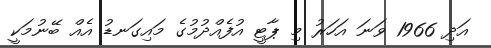
އަދި 1966 ވަނަ އަހަރު މި ޕާޓީ އުފެއްދުމުގެ މައިގަނޑު އެއް ބޭނުމަކީ